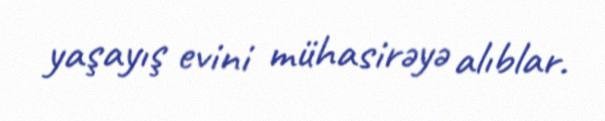
yaşayış evini mühasirəyə alıblar.